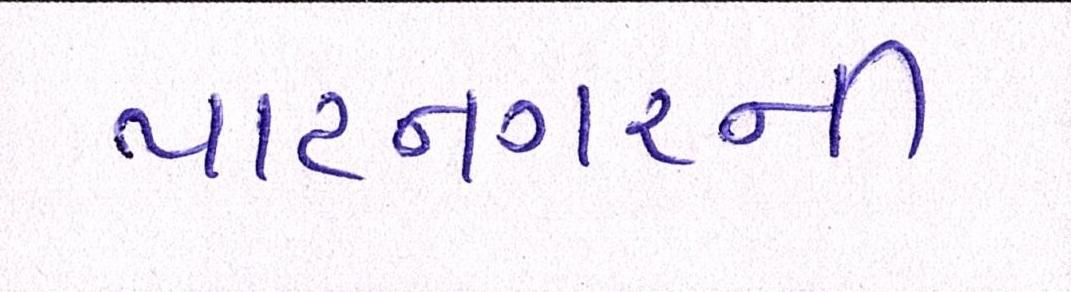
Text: પાટનગરની